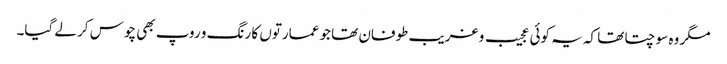
مگر وہ سوچتا تھا کہ یہ کوئی عجیب و غریب طوفان تھا جو عمارتوں کا رنگ و روپ بھی چوس کر لے گیا۔